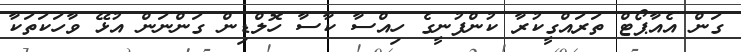
ގަން އެއާޕޯޓް ތަރައްގީކުރާ ކުންފުނީގެ ހިއްސާ ކާސާ ހޮލްޑިން ގަންނަން އުޅޭ ވާހަކަތަކާ